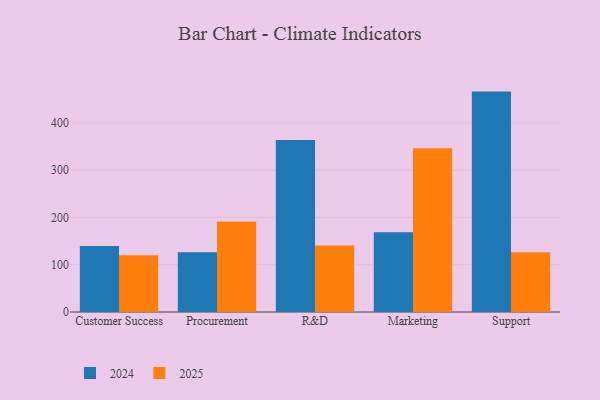
{"axis": {"x": "Department", "y": "Page Views"}, "legend": ["2024", "2025"], "data": [{"x": "Customer Success", "y": 139.6, "type": "2024"}, {"x": "Customer Success", "y": 120.3, "type": "2025"}, {"x": "Procurement", "y": 126.5, "type": "2024"}, {"x": "Procurement", "y": 191.2, "type": "2025"}, {"x": "R&D", "y": 363.7, "type": "2024"}, {"x": "R&D", "y": 140.5, "type": "2025"}, {"x": "Marketing", "y": 168.5, "type": "2024"}, {"x": "Marketing", "y": 346.2, "type": "2025"}, {"x": "Support", "y": 466.2, "type": "2024"}, {"x": "Support", "y": 126.6, "type": "2025"}]}